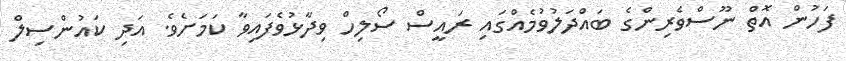
ފަހުން އޮތް ނޫސްވެރިންގެ ބައްދަލުވުމެއްގައި ރައީސް ސޯލިހް ވިދާޅުވެފައިވާ ކަމަށެވެ. އަދި ކައުންސިލް